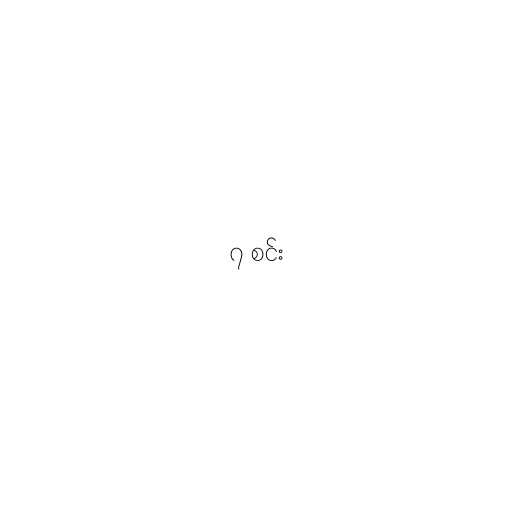
၇ စင်း